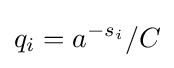
q_{i}=a^{-s_{i}}/C